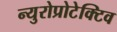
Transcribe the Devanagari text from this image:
न्युरोप्रोटेक्टिव